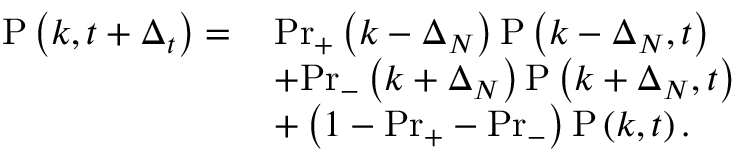
\begin{array} { r l } { \mathrm { P } \left( k , t + \Delta _ { t } \right) = \, } & { \mathrm { P r } _ { + } \left( k - \Delta _ { N } \right) \mathrm { P } \left( k - \Delta _ { N } , t \right) } \\ & { + \mathrm { P r } _ { - } \left( k + \Delta _ { N } \right) \mathrm { P } \left( k + \Delta _ { N } , t \right) } \\ & { + \left( 1 - \mathrm { P r } _ { + } - \mathrm { P r } _ { - } \right) \mathrm { P } \left( k , t \right) . } \end{array}